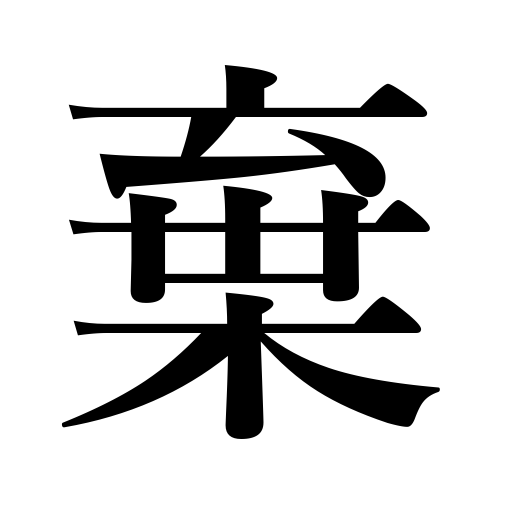
Meanings: throw away,relinquish,give up,reject,discard,sacrifice,condemn,renounce,resign,part with,abandon,lay down one’s life,desert